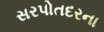
સરપોતદરના